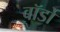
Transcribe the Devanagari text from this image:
वॉर्डो